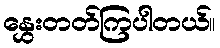
နွှေးတတ်ကြပါတယ်။